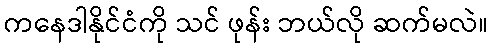
ကနေဒါနိုင်ငံကို သင် ဖုန်း ဘယ်လို ဆက်မလဲ။